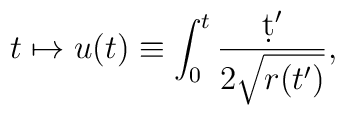
t \mapsto u(t)\equiv \int_0^t \frac{\d t'}{2\sqrt{r(t')}},